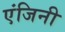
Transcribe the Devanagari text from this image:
एंजिनी